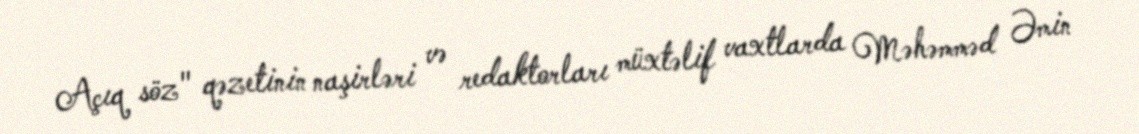
Açıq söz" qəzetinin naşirləri və redaktorları müxtəlif vaxtlarda Məhəmməd Əmin